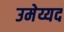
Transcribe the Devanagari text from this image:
उमेय्यद